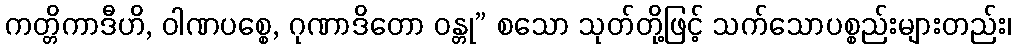
ကတ္တိကာဒီဟိ, ဝါဏပစ္စေ, ဂုဏာဒိတော ဝန္တု” စသော သုတ်တို့ဖြင့် သက်သောပစ္စည်းများတည်း၊